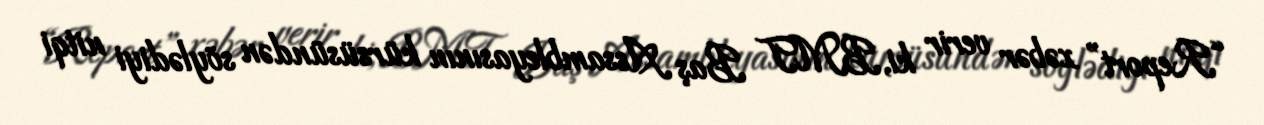
“Report” xəbər verir ki, BMT Baş Assambleyasının kürsüsündən söylədiyi nitqi